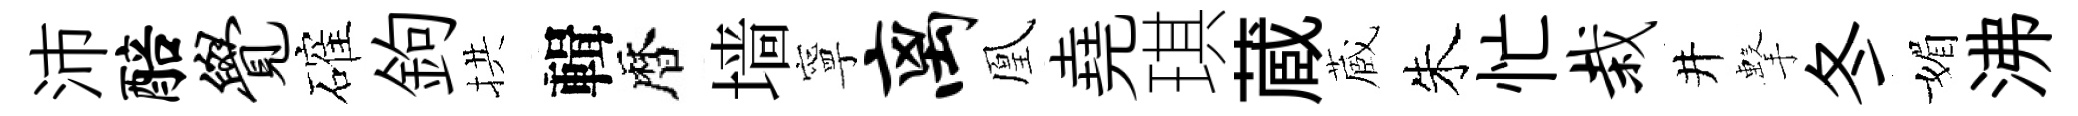
沛醅觉確鉤拱輯暦墙寧离凰堯琪蔵蔵朱忙栽井擊冬媚沸